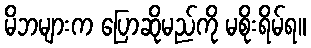
မိဘများက ပြောဆိုမည်ကို မစိုးရိမ်ရ။